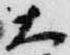
大